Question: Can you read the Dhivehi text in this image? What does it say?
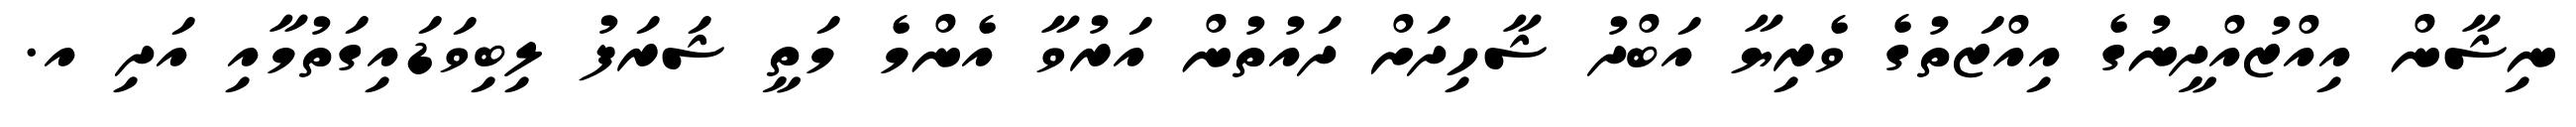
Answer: ނިޝާން އިއްޒުއްދީނުގެ އިއްޒަތުގެ ވެރިޔާ އަބްދު ޝާހިދަށް ދައުތުން އަރުވާ އެންމެ މަތީ ޝަރަފު ލިބިވަޑައިގަތުމާއި އަދި އ.